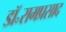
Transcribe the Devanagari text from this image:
डॉ॰रामप्रसाद